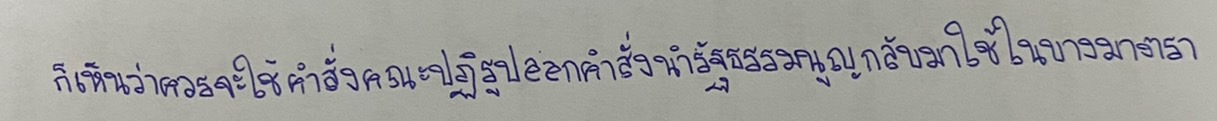
ก็เห็นว่าควรจะใช้คำสั่งคณะปฏิรูปออกคำสั่งนำรัฐธรรมนูญกลับมาใช้ในบางมาตรา